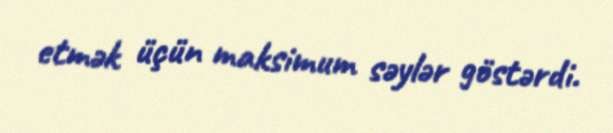
etmək üçün maksimum səylər göstərdi.